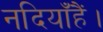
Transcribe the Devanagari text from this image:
नदियाँहैं।